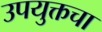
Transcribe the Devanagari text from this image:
उपयुक्तचा